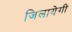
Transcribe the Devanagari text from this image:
जिलायेगी